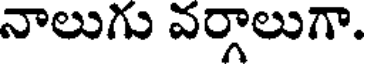
నాలుగు వర్గాలుగా.